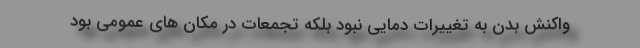
واکنش بدن به تغییرات دمایی نبود بلکه تجمعات در مکان های عمومی بود